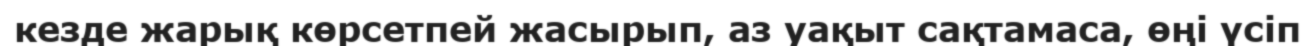
кезде жарық көрсетпей жасырып, аз уақыт сақтамаса, өңі үсіп